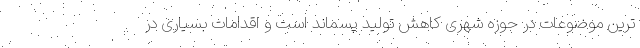
ترین موضوعات در حوزه شهری کاهش تولید پسماند است و اقدامات بسیاری در